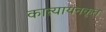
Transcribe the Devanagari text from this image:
कात्यायनकृत